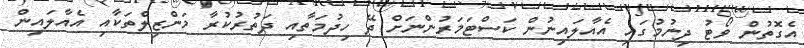
އެގޮތުން ވޯޓު ދިނުމުގައި އެއާލައިނުން ކަސްޓަމަރުންނަށް ދޭ ހިދުމަތާއި ދަތުރުކުރާ މަންޒިލްތަކާއި އެއާލައިން